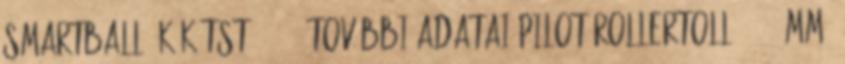
Smartball, kék TST1852341 további adatai Pilot Rollertoll, 0,25 mm,